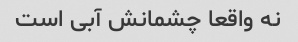
نه واقعا چشمانش آبی است